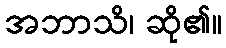
အဘာသိ၊ ဆို၏။